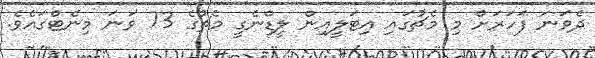
ދެވަނަ ފަހަރަށް މި މެޗުގައި އިޓަލީއިން ލީޑްނެގީ މެޗުގެ 73 ވަނަ މިނެޓްގައެވެ.